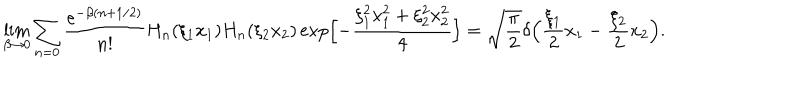
\lim _ { \beta \to 0 } \sum _ { n = 0 } \frac { e ^ { - \beta ( n + 1 / 2 ) } } { n ! } H _ { n } ( \xi _ { 1 } x _ { 1 } ) H _ { n } ( \xi _ { 2 } x _ { 2 } ) \exp \Bigl [ - \frac { \xi _ { 1 } ^ { 2 } x _ { 1 } ^ { 2 } + \xi _ { 2 } ^ { 2 } x _ { 2 } ^ { 2 } } { 4 } \Bigr ] = \sqrt { \frac { \pi } { 2 } } \delta \Bigl ( \frac { \xi _ { 1 } } { 2 } x _ { 1 } - \frac { \xi _ { 2 } } { 2 } x _ { 2 } \Bigr ) .